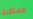
مستقبلا